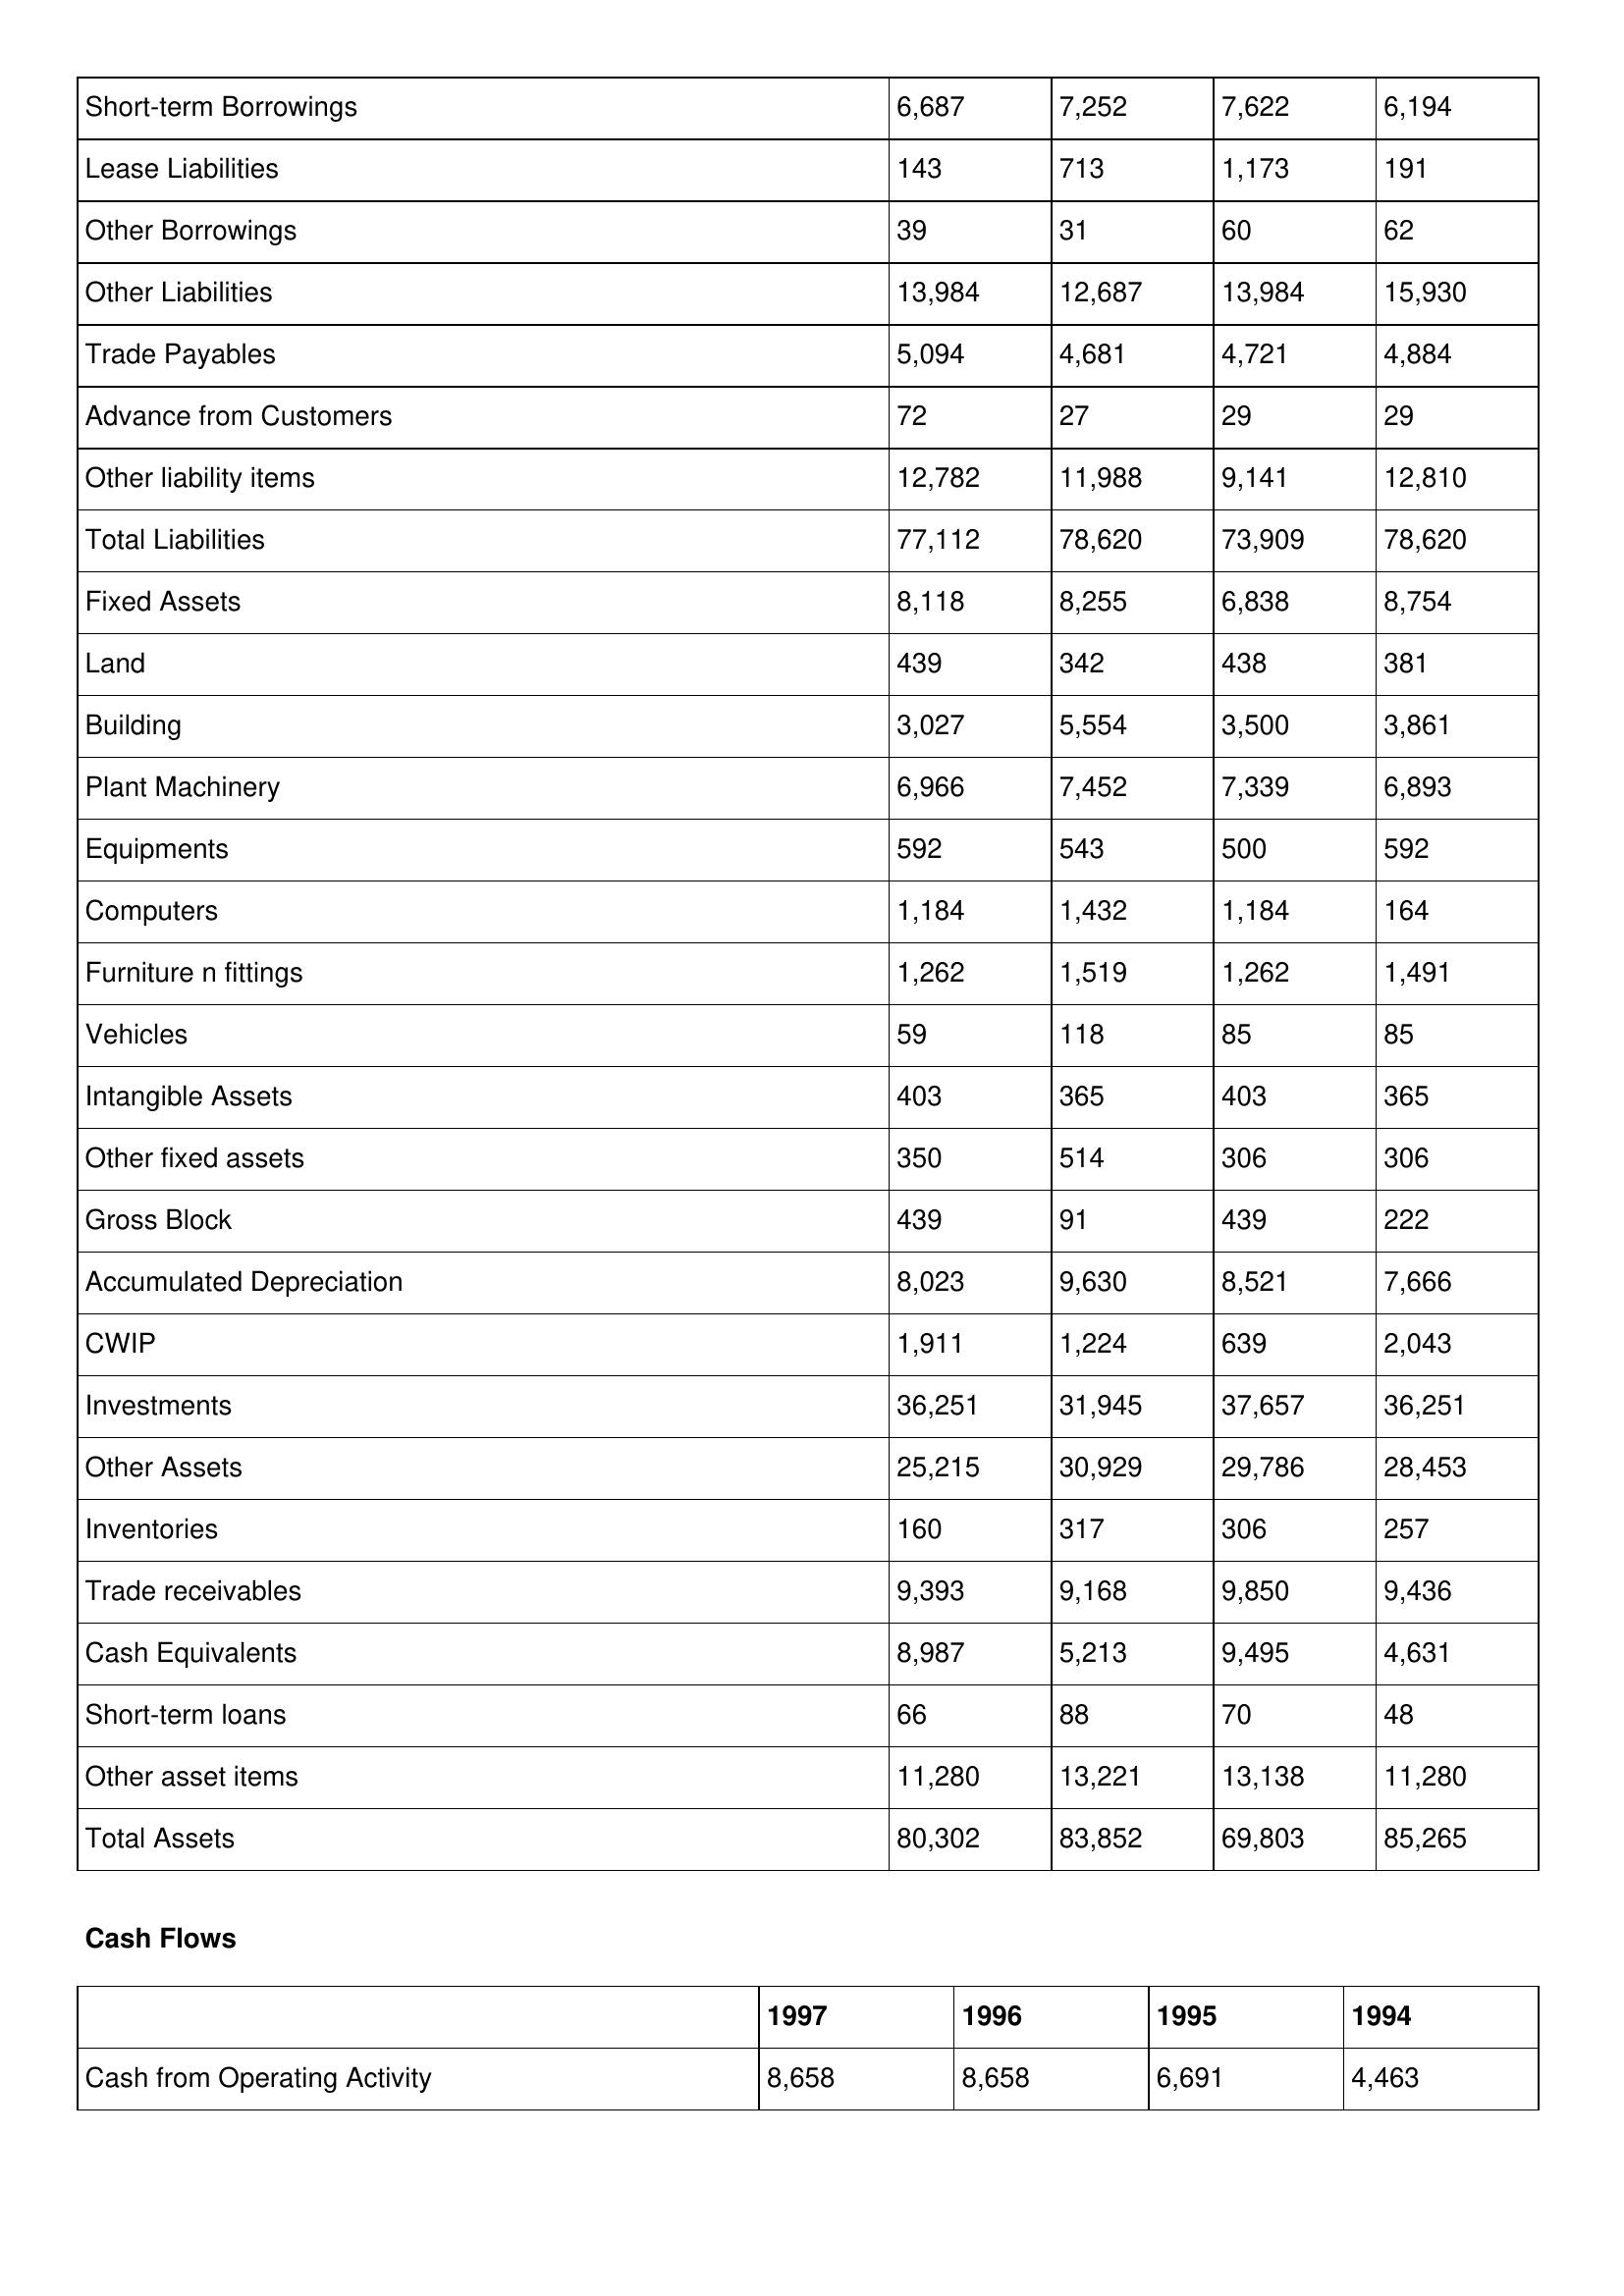
gt_parse: 1997: Balance Sheet: Short-term Borrowings: 6,687
Lease Liabilities: 143
Other Borrowings: 39
Other Liabilities: 13,984
Trade Payables: 5,094
Advance from Customers: 72
Other liability items: 12,782
Total Liabilities: 77,112
Fixed Assets: 8,118
Land: 439
Building: 3,027
Plant Machinery: 6,966
Equipments: 592
Computers: 1,184
Furniture n fittings: 1,262
Vehicles: 59
Intangible Assets: 403
Other fixed assets: 350
Gross Block: 439
Accumulated Depreciation: 8,023
CWIP: 1,911
Investments: 36,251
Other Assets: 25,215
Inventories: 160
Trade receivables: 9,393
Cash Equivalents: 8,987
Short-term loans: 66
Other asset items: 11,280
Total Assets: 80,302
Cash Flows: Cash from Operating Activity: 8,658
1996: Balance Sheet: Short-term Borrowings: 7,252
Lease Liabilities: 713
Other Borrowings: 31
Other Liabilities: 12,687
Trade Payables: 4,681
Advance from Customers: 27
Other liability items: 11,988
Total Liabilities: 78,620
Fixed Assets: 8,255
Land: 342
Building: 5,554
Plant Machinery: 7,452
Equipments: 543
Computers: 1,432
Furniture n fittings: 1,519
Vehicles: 118
Intangible Assets: 365
Other fixed assets: 514
Gross Block: 91
Accumulated Depreciation: 9,630
CWIP: 1,224
Investments: 31,945
Other Assets: 30,929
Inventories: 317
Trade receivables: 9,168
Cash Equivalents: 5,213
Short-term loans: 88
Other asset items: 13,221
Total Assets: 83,852
Cash Flows: Cash from Operating Activity: 8,658
1995: Balance Sheet: Short-term Borrowings: 7,622
Lease Liabilities: 1,173
Other Borrowings: 60
Other Liabilities: 13,984
Trade Payables: 4,721
Advance from Customers: 29
Other liability items: 9,141
Total Liabilities: 73,909
Fixed Assets: 6,838
Land: 438
Building: 3,500
Plant Machinery: 7,339
Equipments: 500
Computers: 1,184
Furniture n fittings: 1,262
Vehicles: 85
Intangible Assets: 403
Other fixed assets: 306
Gross Block: 439
Accumulated Depreciation: 8,521
CWIP: 639
Investments: 37,657
Other Assets: 29,786
Inventories: 306
Trade receivables: 9,850
Cash Equivalents: 9,495
Short-term loans: 70
Other asset items: 13,138
Total Assets: 69,803
Cash Flows: Cash from Operating Activity: 6,691
1994: Balance Sheet: Short-term Borrowings: 6,194
Lease Liabilities: 191
Other Borrowings: 62
Other Liabilities: 15,930
Trade Payables: 4,884
Advance from Customers: 29
Other liability items: 12,810
Total Liabilities: 78,620
Fixed Assets: 8,754
Land: 381
Building: 3,861
Plant Machinery: 6,893
Equipments: 592
Computers: 164
Furniture n fittings: 1,491
Vehicles: 85
Intangible Assets: 365
Other fixed assets: 306
Gross Block: 222
Accumulated Depreciation: 7,666
CWIP: 2,043
Investments: 36,251
Other Assets: 28,453
Inventories: 257
Trade receivables: 9,436
Cash Equivalents: 4,631
Short-term loans: 48
Other asset items: 11,280
Total Assets: 85,265
Cash Flows: Cash from Operating Activity: 4,463